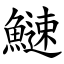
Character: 䲇